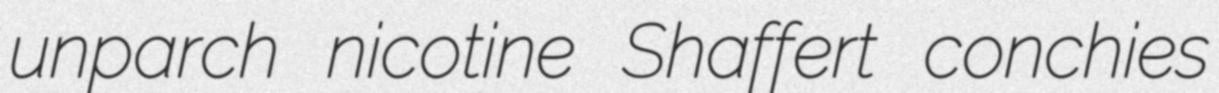
unparch nicotine Shaffert conchies